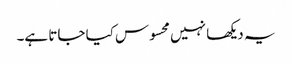
یہ دیکھا نہیں محسوس کیا جاتا ہے۔